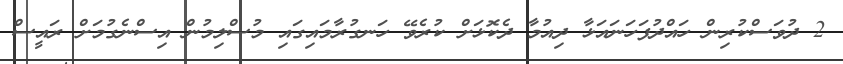
2 ދުވަަސްކުރިން ހައްދުފަހަނައަޅާ ދިއުމާ ދެކޮޅަށް ކުރެވޭ ހަނގުރާމައިގައި މުސްލިމުން އިސްނެގުމަށް ރައީސް